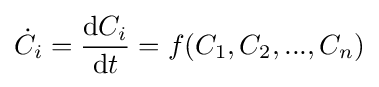
{\dot {C_{i}}}={\operatorname {d} \!C_{i} \over \operatorname {d} \!t}=f(C_{1},C_{2},...,C_{n})